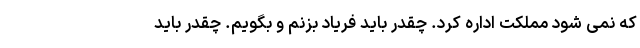
که نمی شود مملکت اداره کرد. چقدر باید فریاد بزنم و بگویم. چقدر باید